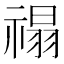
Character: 禢